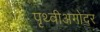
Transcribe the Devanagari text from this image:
पृथ्वीअगोदर